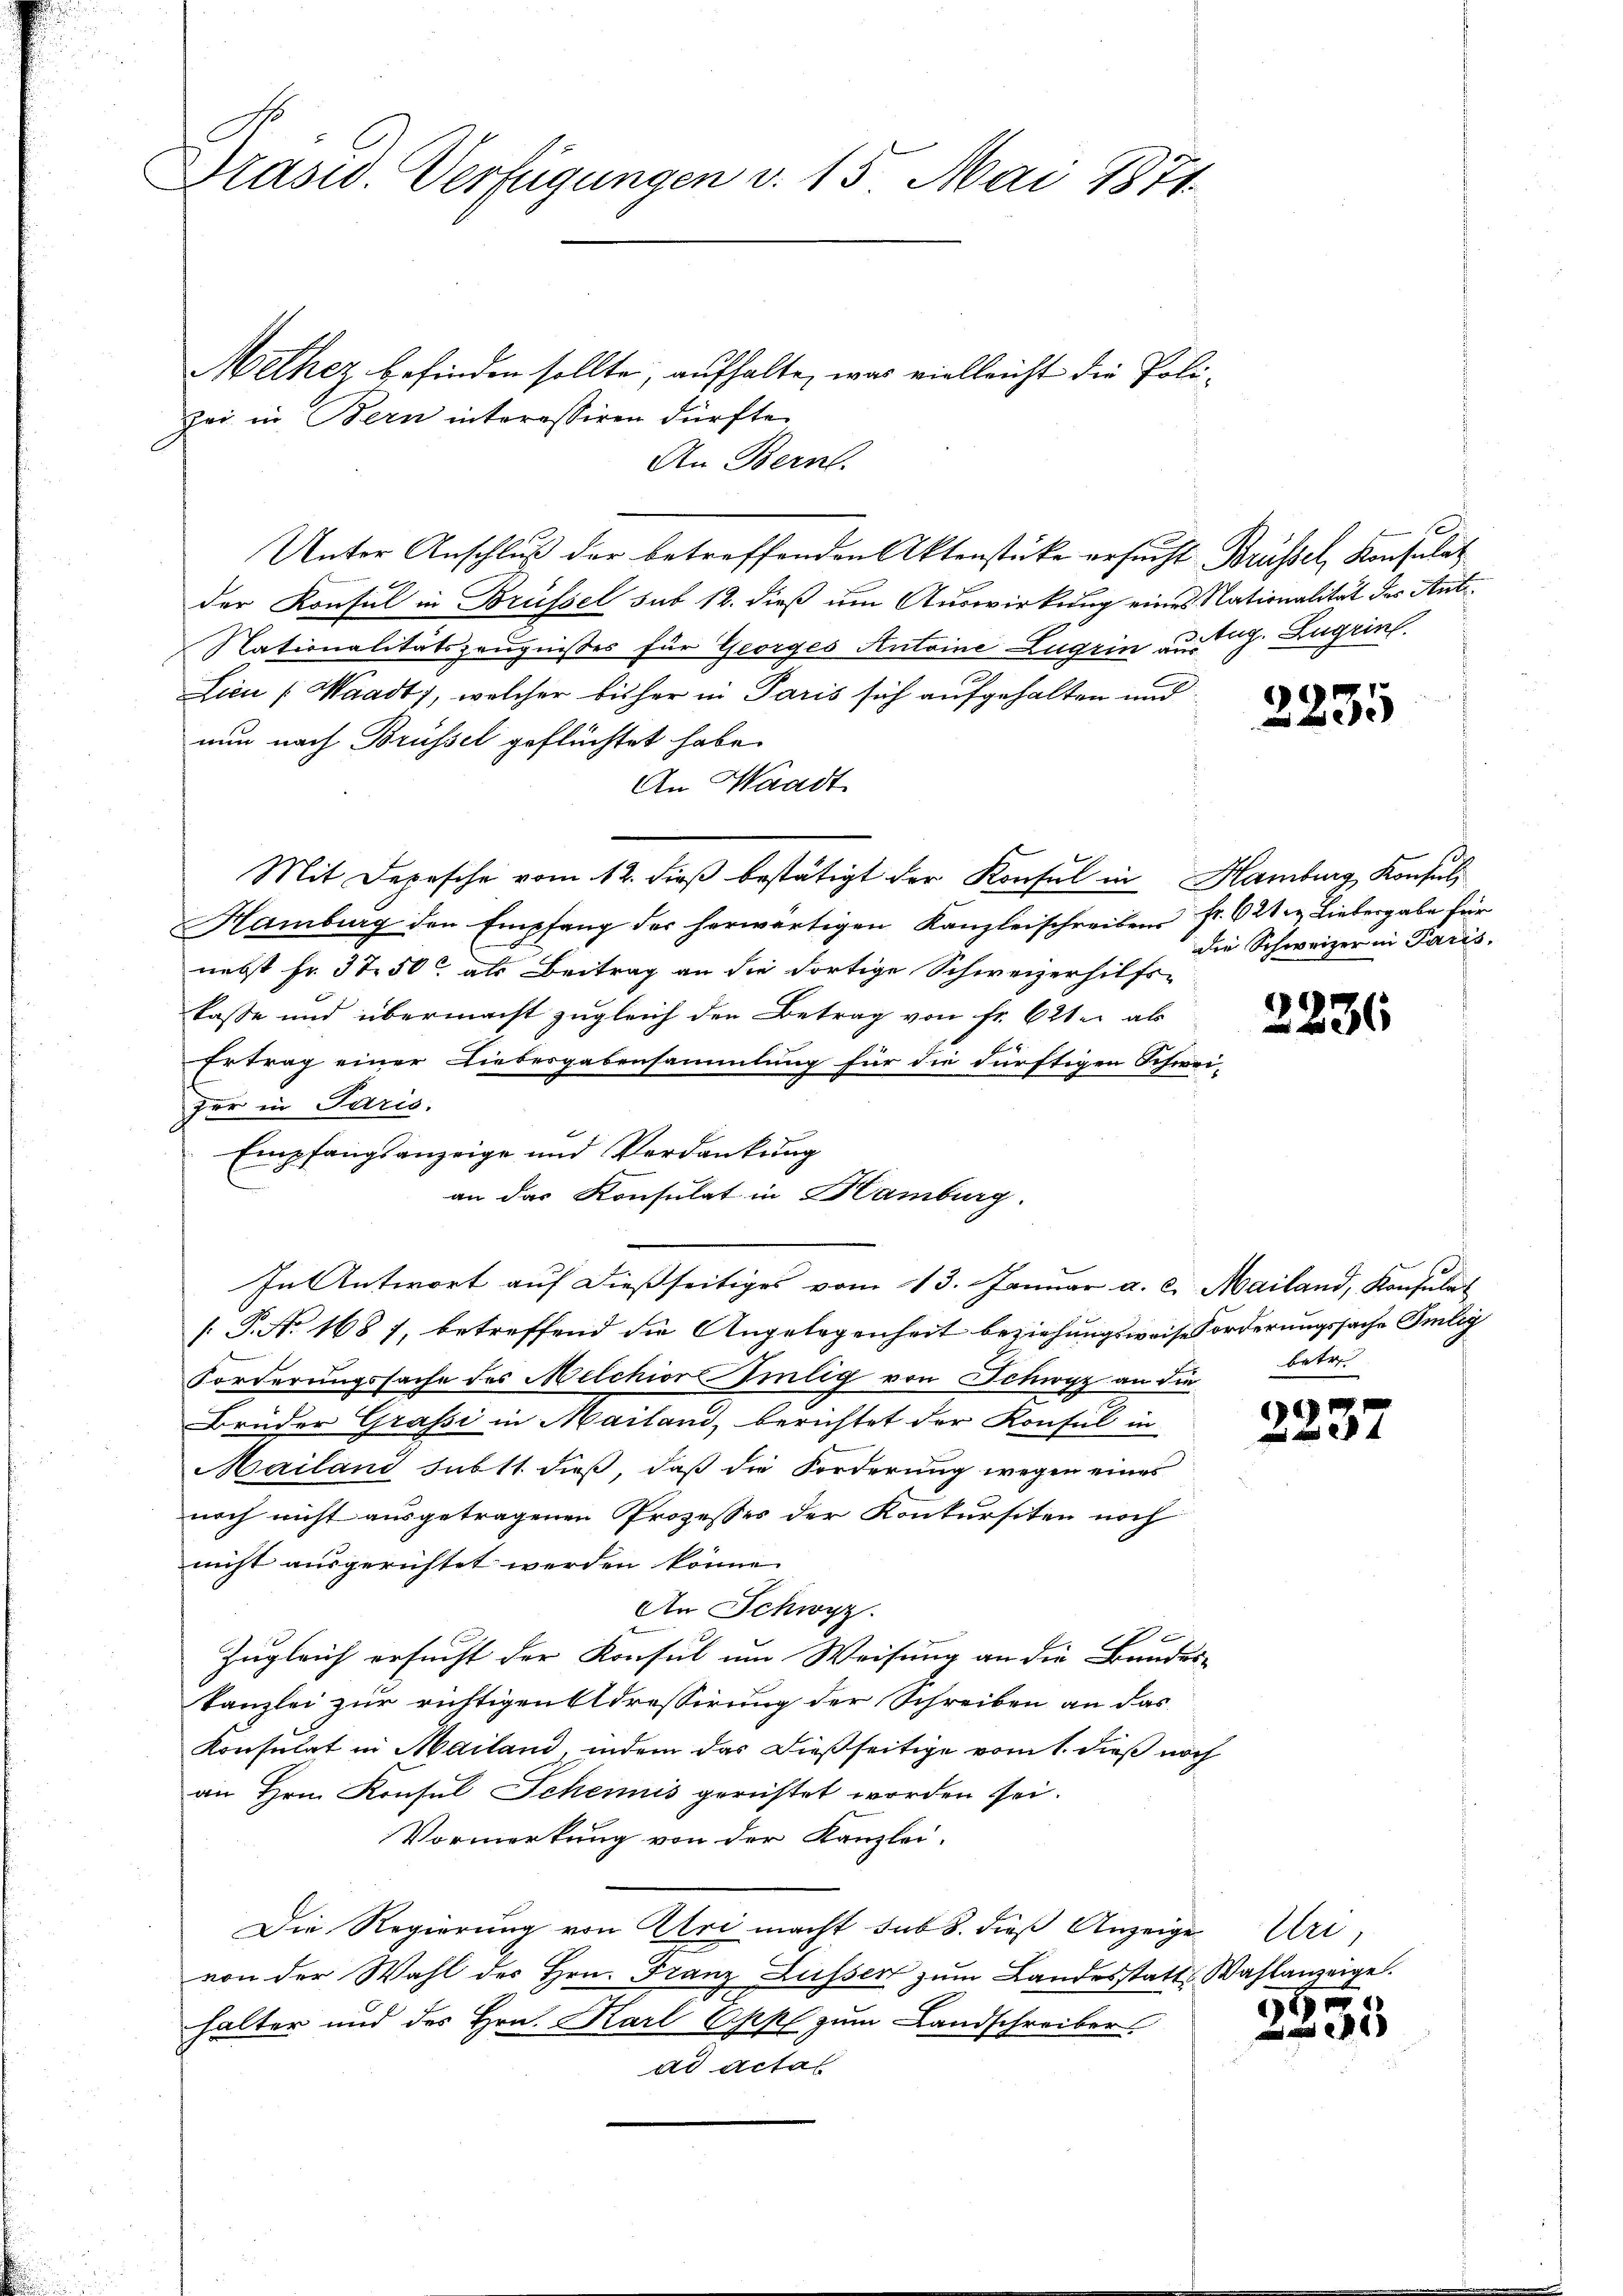
Präsid. Verfügungen v. 15. Mai 1871.

Methez befinden sollte, aufhalte, was vielleicht die Poli¬
An Bern.
Unter Anschluß der betreffenden Aktenstücke ersucht Brüssel, Konsulat
der Konsul in Brüssel sub 12. dieß um Auswirkung eines Nationalität des Ant¬
Nationalitätszeugnisses für Georges Antoine Lugrin ausg. Zugrin
Licu (Waadt, welcher bisher in Paris sich aufgehalten und
nun nach Brüssel geflüchtet habe.
An Waadt
Mit Depesche vom 12. dieβ bestätigt der Konsul in Hamburg, Konsul
Hamburg den Empfang der herwärtigen Kanzleischreiben fr. 621 u. Liebergabe für
nebst fr. 37. 50 als Beitrag an die dortige Schweizerhilfs-
kasse und übermacht zugleich den Betrag von Fr. 621 als
Ertrag einer Liebesgabensammlung für die dürftigen Schwei-
fer in Paris.
Empfangsanzeige und Verdankung
In Antwort auf dießseitiges vom 13. Januar a. c. Mailand, Konsulat
[ P. No. 1687, betreffend die Angelegenheit beziehungsweise Forderungssache Smlig
Forderungssache des Melchior Silig von Schwyz an die
Brüder Grasi in Mailand, berichtet der Konsul in
Mailand subst dieß, daß die Forderung wegen eines
noch nicht ausgetragenen Prozesses der Konkursiten noch
nicht ausgerichtet werden könne.
An Schwyz.
Zugleich ersucht der Konsul um Weisung an die Bundes-
kanzlei zur richtigen Adressirung der Schreiben an das
Konsulat in Mailand, indem das dießseitige vom 1. dieß noch
an Hrn. Konsul Scheinis gerichtet worden sei.
Vormerkung von der Kanzlei-
Die Regierung von Uri macht sub 8. dieß Anzeige Uri,
von der Wahl des Hrn. Franz Lusser zum Landesstatt Wahlanzeigel.
halter und des Hrn. Karl Oppl zum Landschreiber
ad actat

zei in Bern interessiren dürfte.

an das Konsulat in Hamburg.

f

2235

die Schweizer in Paris,

2236

betr

1
.

e